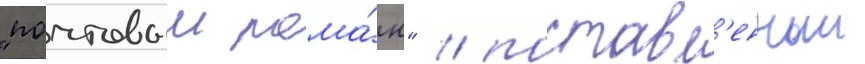
"почтовыи рома́н" / поставл'енныи